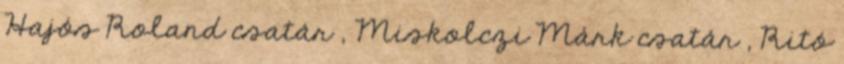
Hajós Roland csatár , Miskolczi Márk csatár , Ritó